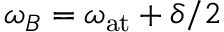
\omega _ { B } = \omega _ { \mathrm { a t } } + \delta / 2